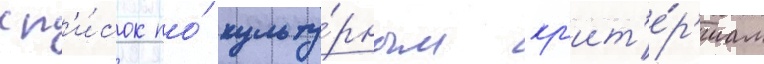
сп'и́сок по́ культу́рным кр'ит'е́р'иам